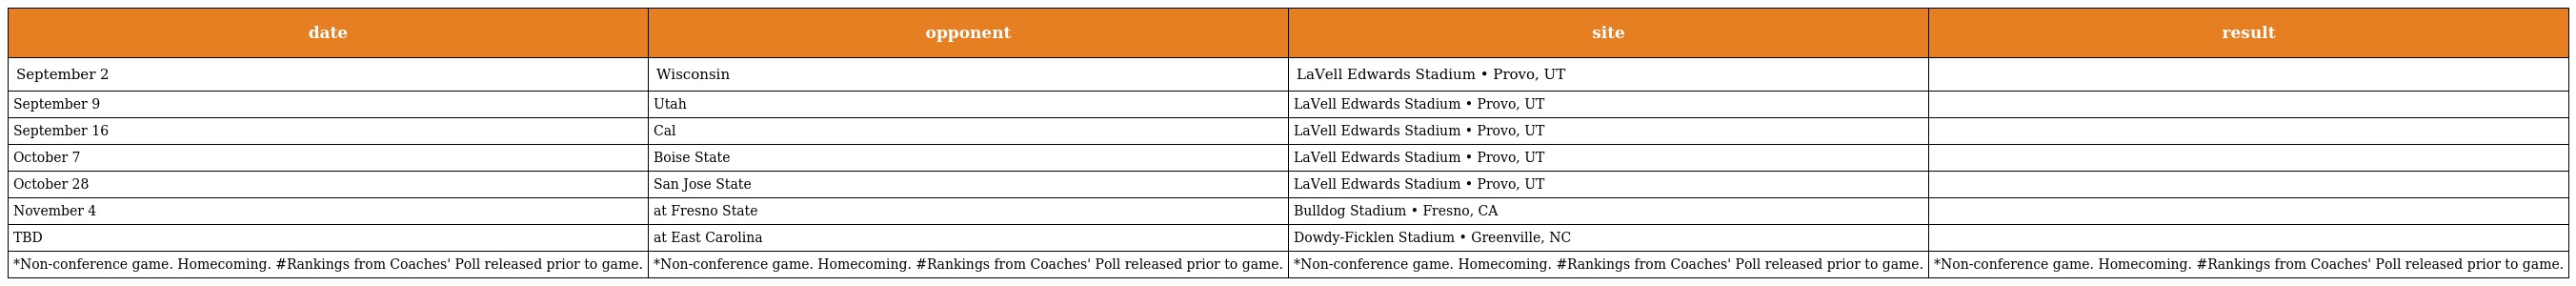
| date | opponent | site | result |
 | --- | --- | --- | --- |
 | September 2 | Wisconsin | LaVell Edwards Stadium • Provo, UT |  |
 | September 9 | Utah | LaVell Edwards Stadium • Provo, UT |  |
 | September 16 | Cal | LaVell Edwards Stadium • Provo, UT |  |
 | October 7 | Boise State | LaVell Edwards Stadium • Provo, UT |  |
 | October 28 | San Jose State | LaVell Edwards Stadium • Provo, UT |  |
 | November 4 | at Fresno State | Bulldog Stadium • Fresno, CA |  |
 | TBD | at East Carolina | Dowdy-Ficklen Stadium • Greenville, NC |  |
 | *Non-conference game. Homecoming. #Rankings from Coaches' Poll released prior to game. | *Non-conference game. Homecoming. #Rankings from Coaches' Poll released prior to game. | *Non-conference game. Homecoming. #Rankings from Coaches' Poll released prior to game. | *Non-conference game. Homecoming. #Rankings from Coaches' Poll released prior to game. |